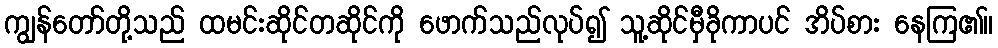
ကျွန်တော်တို့သည် ထမင်းဆိုင်တဆိုင်ကို ဖောက်သည်လုပ်၍ သူ့ဆိုင်မှီခိုကာပင် အိပ်စား နေကြ၏။